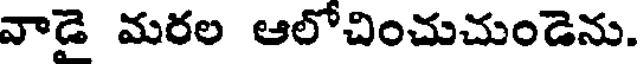
వాడై మరల ఆలోచించుచుండెను.